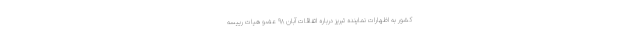
کشور به اظهارات نماینده تبریز درباره اتفاقات آبان ۹۸ عضو هیات رییسه